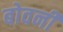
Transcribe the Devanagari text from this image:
बोवनी